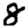
Digit: 8